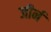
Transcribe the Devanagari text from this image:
जीर्न